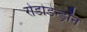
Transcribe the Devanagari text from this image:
रोडोडेन्‍ड्रॉन